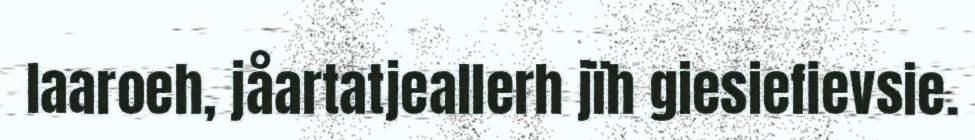
laaroeh, jåartatjeallerh jïh giesiefievsie.